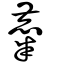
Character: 麋